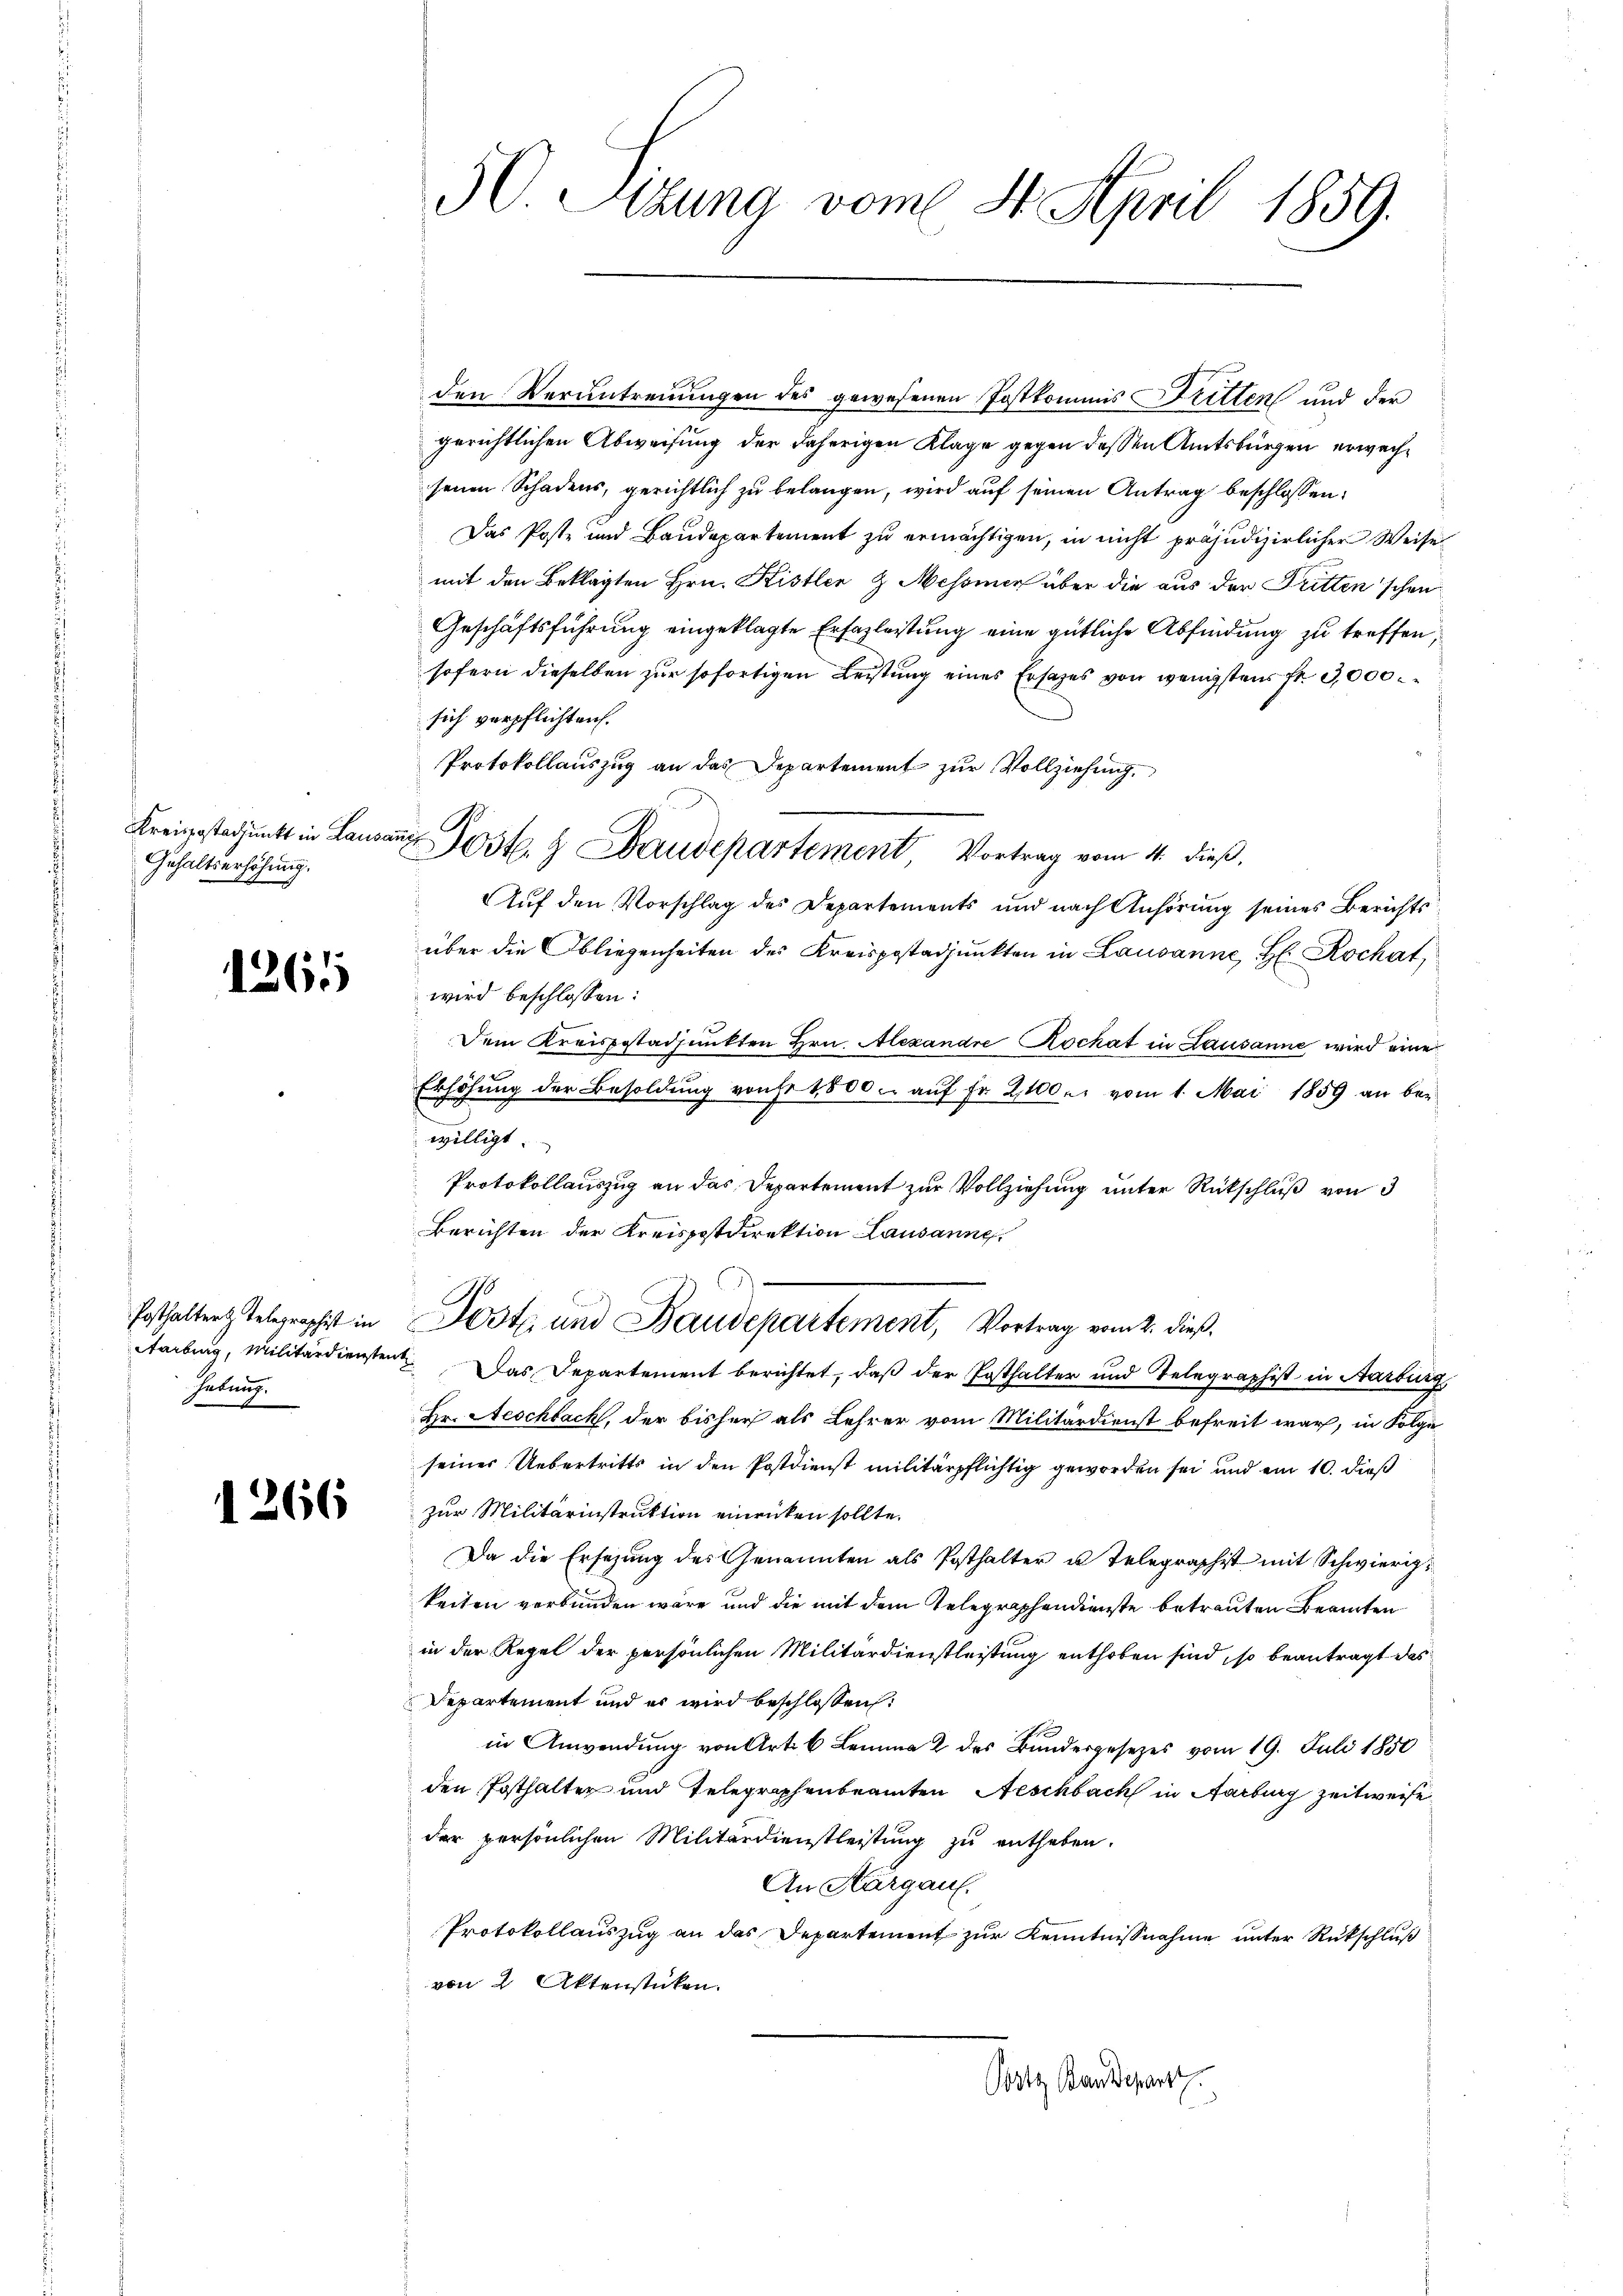
Gehaltserhöhung.

1261

habung.

1266

50. Sizung vom 4. April 1859.

den Verantreuungen des gewesenen Postkommis Dritten und der
gerichtlichen Abweisung der daherigen Klage gegen dessen Amtsbürgen erwachsenen Schadens, gerichtlich zu belangen, wird auf seinen Antrag beschlossen:
Das Poste und Baudepartement zu ermächtigen, in nicht präjudizierlicher Weise
mit den Beklagten Hrn. Kistler & Messner über die aus der Dritten schon
Geschäftsführung eingeklagte Erfazleistung eine gütliche Abfindung zu treffen,
sofern dieselben zur sofortigen Leistung eines Ersatzes von wenigstens fr. 3,000
sich verpflichten.
Protokollauszug an das Departement zur Vollziehung.
Kreisestagŭnkt in Lausans Post.  Baudepartement, Vortrag vom 4. dieß,
Auf den Vorschlag des Departements und nach Anhörung seines Berichts
über die Obliegenheiten des Kreispostadjunkten in Lausanne, Hr. Rochat,
wird beschlossen:
Dem Kreisgestadjunkten Hrn. Alexandre Kochat in Lausanne wird eine
Erhöhung der Besoldung von 1500. aŭf Fr. 2100 u. vom 1. Mai 1859 an ber
willigt.
Protokollauszug an das Departement zur Vollziehung unter Rückschluß von 3
Berichten der Kreispostdirektion Lausanne
Posthalter telegraphist in Post und Baudepartement, Vortrag vom 2. dieß,
Aarburg, Militärdiensten Das Departement berichtet, daß der Ersthalter und Telegraphist in Aarburg,
Hr. Aeschlack, der bisher als Lehrer vom Militärdienst befreit war, in Folge
seiner Uebertritts in den Postdienst militärpflichtig geworden sei und ein 10. dieß
zur Militärinstruktion einrücken sollte.
Da die Ersezung des Genannten als Posthalter u Telegraphist mit Schwierikeiten verbunden wäre und die mit dem Telegraphendienste betrauten Beamten
in der Regel der persönlichen Militärdienstleistung enthoben sind, so beantragt das
Departement und er wird beschlossen:
in Anwendung von Art. 6 Lemma 2 des Bundergesezes vom 19. Juli 1850
den Posthalter und Telegraphenbeamten Aeschbach in Aarburg zeitweise
der persönlichen Militärdienstleistung zu entheben.
An Thurgau.
Protokollauszug an das Departement zur Kenntnisnahme unter Rückschluß
von 2 Aktenstücken.
Grotz Baudepart.